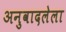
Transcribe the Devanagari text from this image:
अनुवादलेला